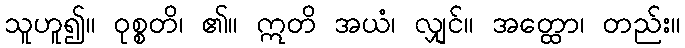
သူဟူ၍။ ဝုစ္စတိ၊ ၏။ ဣတိ အယံ၊ လျှင်။ အတ္ထော၊ တည်း။